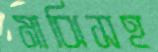
মাঝিসহ